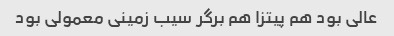
عالی بود هم پیتزا هم برگر سیب زمینی معمولی بود